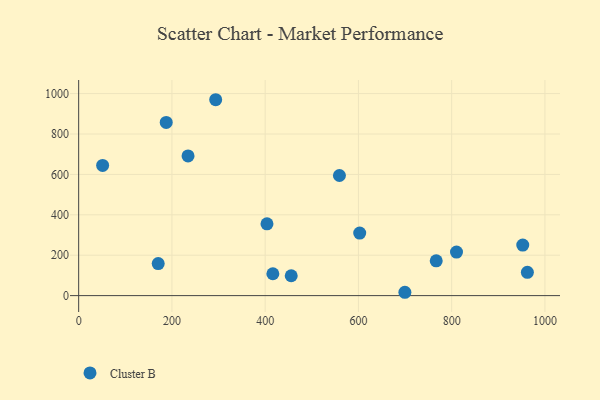
{"axis": {"x": "Experience", "y": "Rating"}, "legend": ["Cluster B"], "data": [{"x": "962.4", "y": 115.5, "type": "Cluster B"}, {"x": "952.5", "y": 250.1, "type": "Cluster B"}, {"x": "699.7", "y": 16.5, "type": "Cluster B"}, {"x": "602.8", "y": 309.5, "type": "Cluster B"}, {"x": "403.9", "y": 355.5, "type": "Cluster B"}, {"x": "416.5", "y": 108.1, "type": "Cluster B"}, {"x": "766.9", "y": 172.1, "type": "Cluster B"}, {"x": "170.6", "y": 158.8, "type": "Cluster B"}, {"x": "455.9", "y": 98.4, "type": "Cluster B"}, {"x": "187.8", "y": 857.1, "type": "Cluster B"}, {"x": "51.4", "y": 644.4, "type": "Cluster B"}, {"x": "559.3", "y": 594.6, "type": "Cluster B"}, {"x": "234.6", "y": 691.5, "type": "Cluster B"}, {"x": "293.9", "y": 969.7, "type": "Cluster B"}, {"x": "810.4", "y": 215.5, "type": "Cluster B"}]}